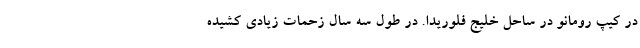
در کیپ رومانو در ساحل خلیج فلوریدا. در طول سه سال زحمات زیادی کشیده